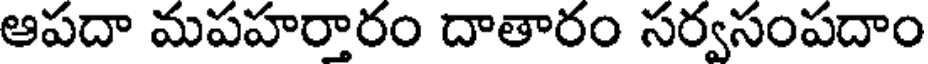
ఆపదా మపహర్తారం దాతారం సర్వసంపదాం